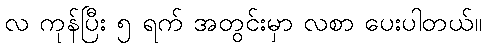
လ ကုန်ပြီး ၅ ရက် အတွင်းမှာ လစာ ပေးပါတယ်။